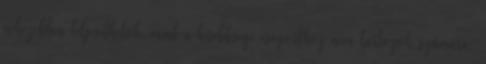
nehezebben teljesíthetők, mint a kisebbségi csoporthoz nem tartozók számára;